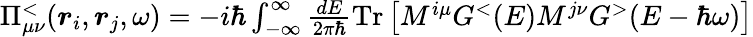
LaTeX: \begin{array}{r}{\Pi_{\mu\nu}^{<}(\boldsymbol{r}_{i},\boldsymbol{r}_{j},\omega)=-i\hbar\int_{-\infty}^{\infty}\frac{dE}{2\pi\hbar}\operatorname{Tr}\left[M^{i\mu}G^{<}(E)M^{j\nu}G^{>}(E-\hbar\omega)\right]}\end{array}